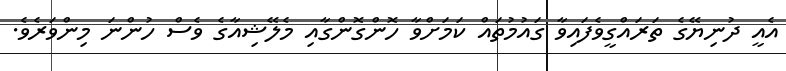
އެއީ ދުނިޔޭގެ ތަރައްގީވެފައިވާ ގައުމުތައް ކަމަށްވާ ހޮންގޮންގާއި މެލޭޝިއާގެ ވެސް ހުންނަ މިންވަރެވެ.